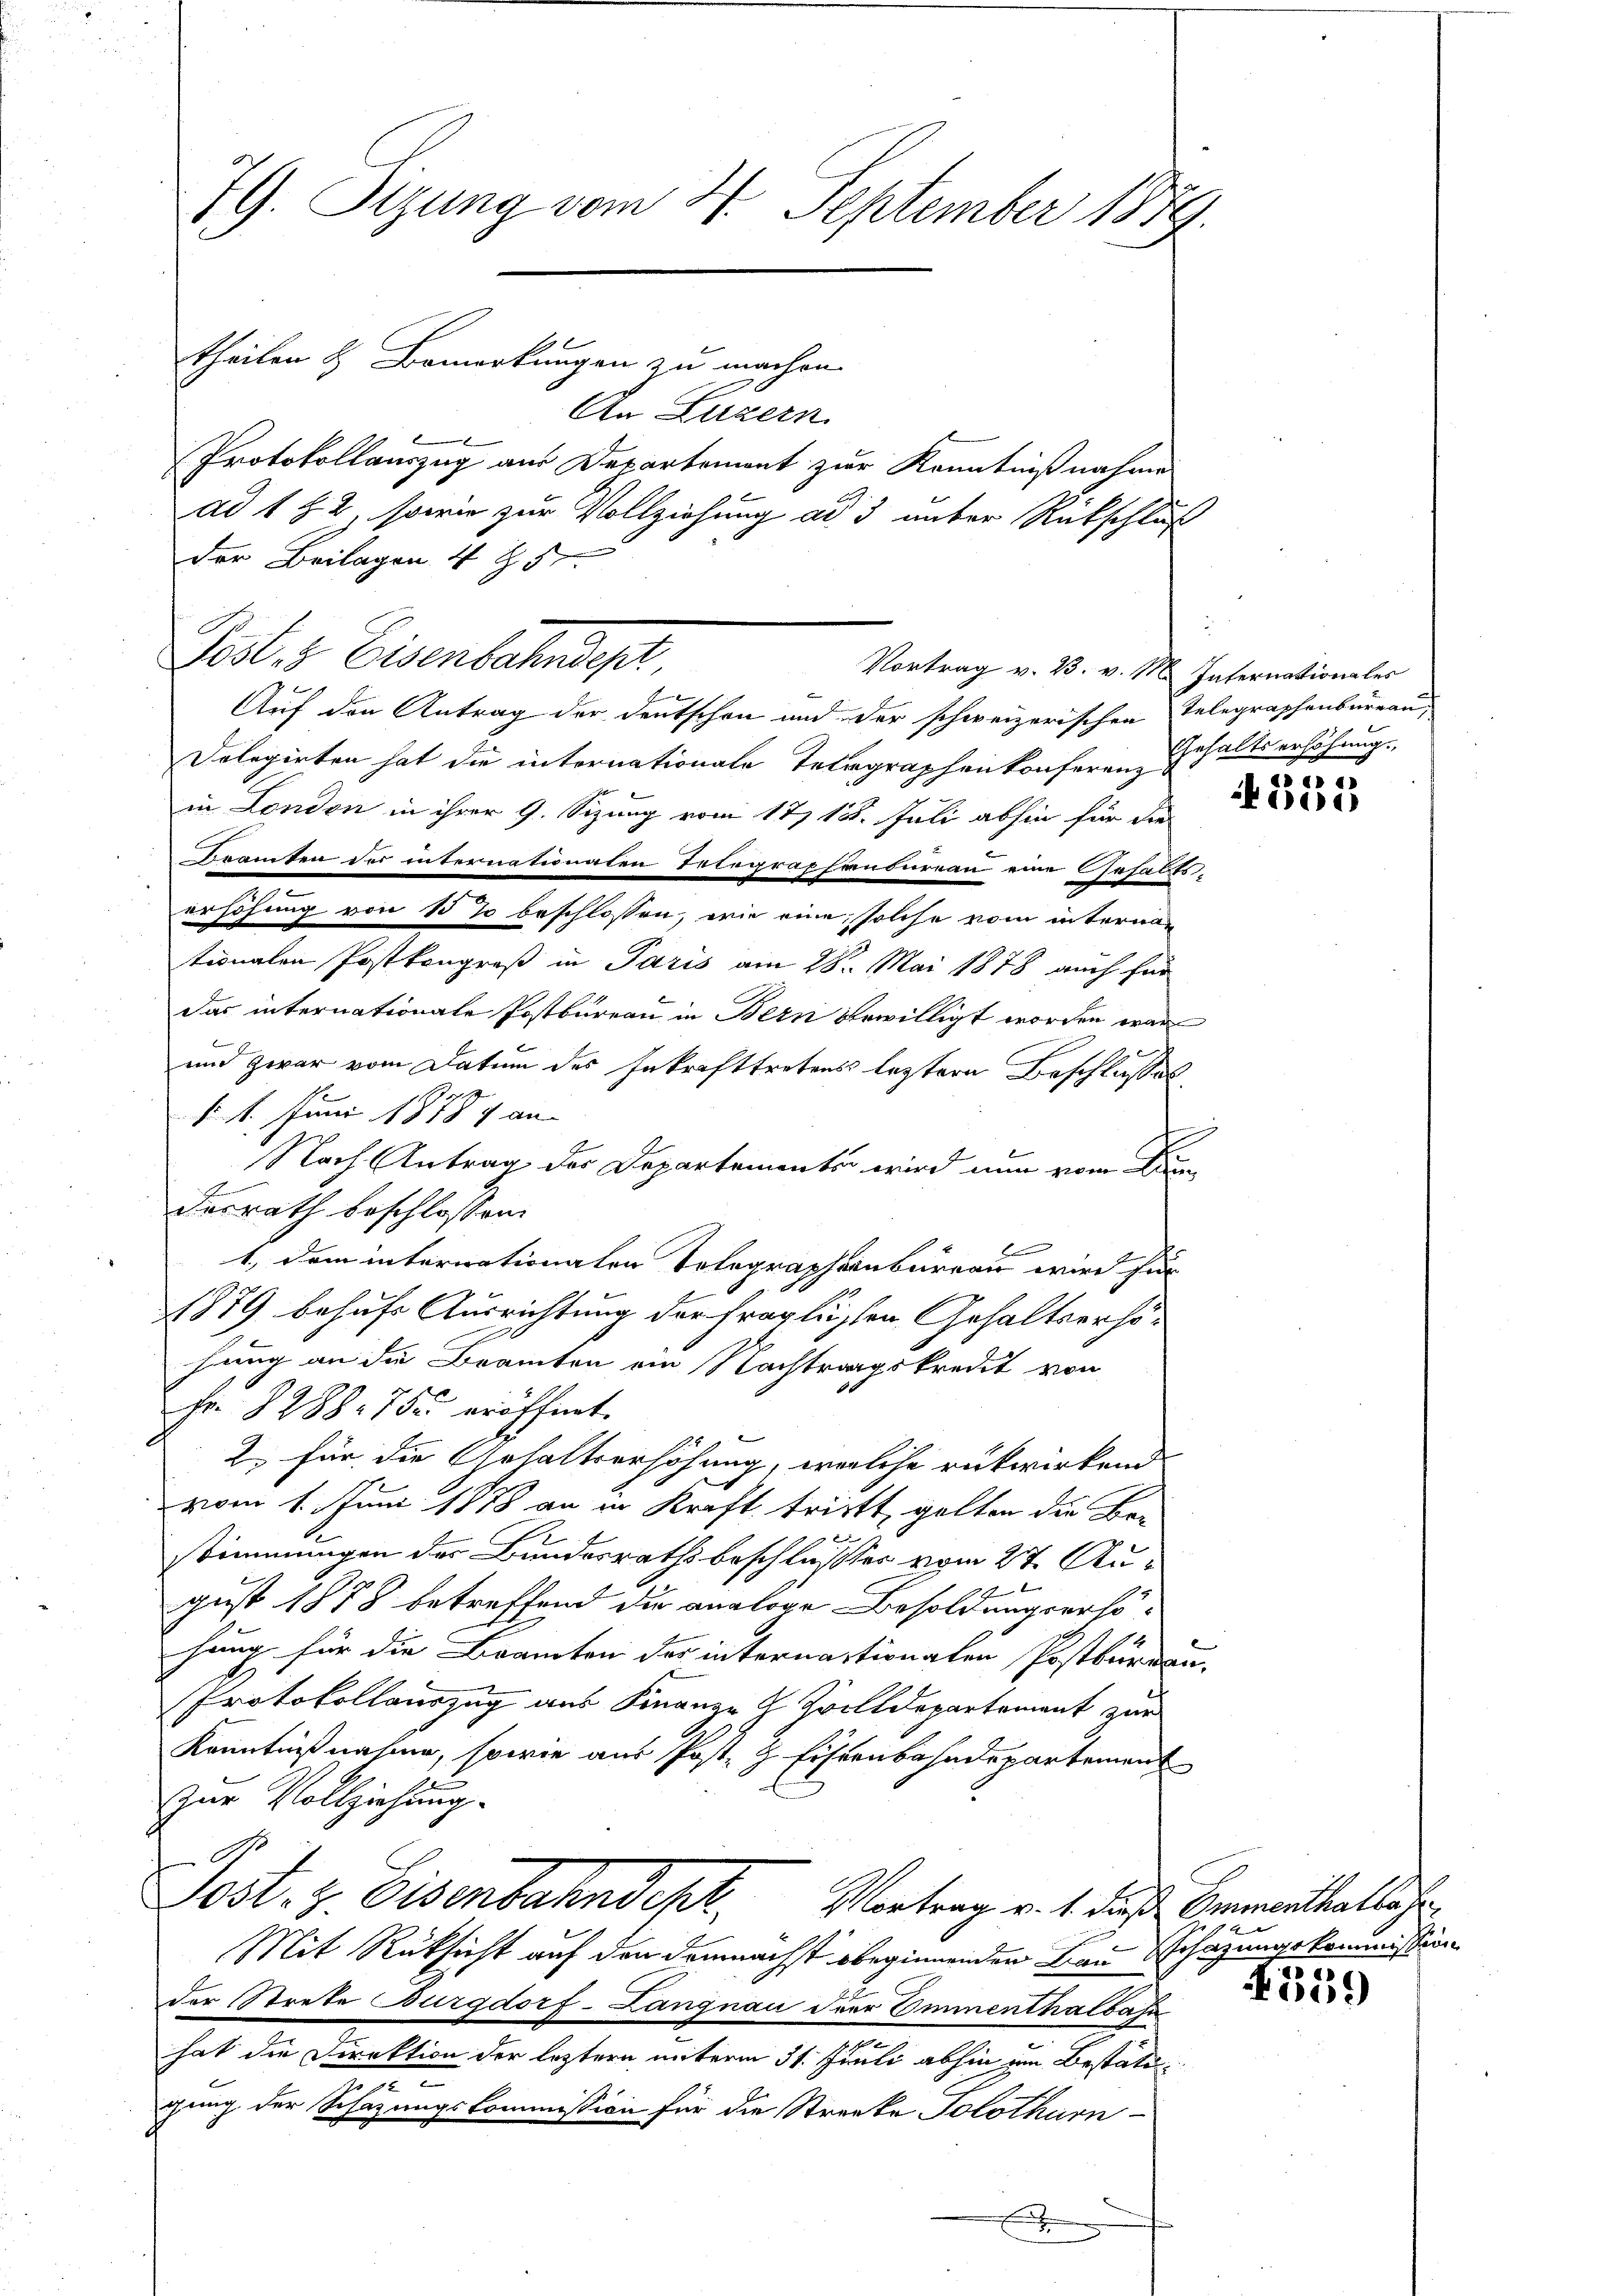
79. Sizung vom 24. September 1879.

theilen & Bemerkungen zu machen.

An Luzern.
l
Protokollauszug aus Departement zur Kenntnißnahme
x
ad 1 § 2, sowie zur Vollziehung ad 3 unter Rückschluß
Der Beilagen 4 Z. 5
Post 3 Eisenbahndept
Auf den Antrag der Deutschen und der schweizerischen Telegraphenbureau,
Dolegirten hat die internationale Telegraphenkonferen Gehaltserhöhung.
in London in ihrer 9. Sizung vom 17. 18. Juli abhin für die
Beamten der internationaten Telegraphenbureau eine Gehaltserhöhung von 15 % beschlossen, wie eine solche vom internan
tionalen Postkongroß in Paris am 28. Mai 1878 auch für
das internationale Postbureau in Bern bewilligt worden war
f
und zwar vom Datum des Inkrafttretens leztere Beschlusses
§ 1. Juni 1878 9 an- |
Nach Antrag der Departementer wird nun vom De
desrath beschlossen:
1., dem internationalen Telegraphenbureau wird für
1879 behufs Ausrichtung der fraglüssen Gehaltserhöhung an die Bramten ain Nachtragskredit von
Fr. 8288. 75 eröffnet.
2., für die Gehaltserhöhung, welche rückwirkend
vom 1. Juni 1888 an in Kraft tritt, gelten die Be-
stimmungen der Bundesrathsbeschlusser vom 27. Au¬

E
gust 1878 betreffend die analoge Besoldungserso-
hung für die Beamten der internactionalen Postbürden.
Protokollauszug aus Finanze & Zwilldepartement zur
Kenntnißnahme, sowie aus Post- & Eisenbahndepartement
zur Vollziehung.
G
Post & Eisenbahndepr
Vortrag v. 1. dieß Emmenthalbahr
Mit Rüksicht auf den demnächst beginnenden Bau Schazungskommission
der Strete Burgdorf-Langnau der Emmenthalbahn
hat die Direktion der leztern unterm 31. Juli abhin zum Bestätie
gung der Schazungskommission für die Strecke Solothurn-
x

Vortrag v. B. v. M. Internationales

dd 1 41

ede

4559